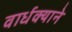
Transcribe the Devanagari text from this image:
वार्धक्याने